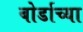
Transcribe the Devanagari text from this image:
बोर्डाच्‍या